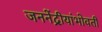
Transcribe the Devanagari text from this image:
जननेंद्रीयांभोवती